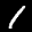
Label: 1